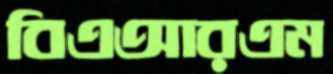
বিএআরএম